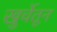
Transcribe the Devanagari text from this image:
खुर्चेतून